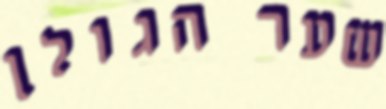
שער הגולן